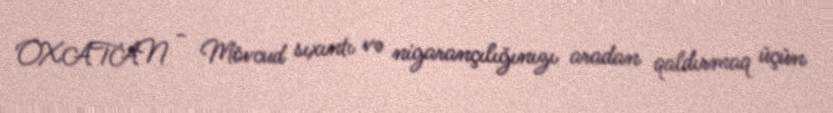
OXATAN - Mövcud sıxıntı və nigarançılığınızı aradan qaldırmaq üçün